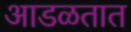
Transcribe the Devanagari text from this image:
अाडळतात